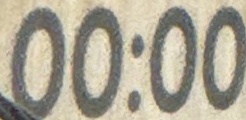
00:00